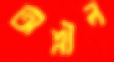
অশ্লীল